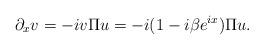
LaTeX: \begin{align*} \partial_x v = - i v \Pi u = -i (1 - i \beta e^{ix}) \Pi u. \end{align*}